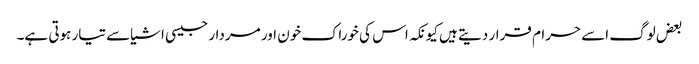
بعض لوگ اسے حرام قرار دیتے ہیں کیونکہ اس کی خوراک خون اور مردار جیسی اشیاسے تیار ہوتی ہے۔